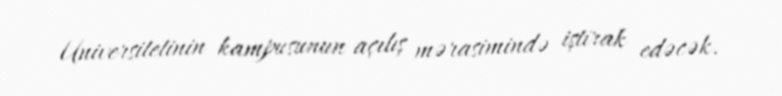
Universitetinin kampusunun açılış mərasimində iştirak edəcək.